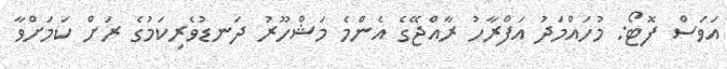
އަވަސް ފޮޓޯ: މުހައްމަދު އަފްރާހު ރާއްޖޭގެ އެންމެ މަޝްހޫރު ދަނޑުވެރިކަމުގެ ރަށް ކަމަށްވާ